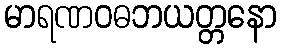
မာရဏဝဓဘယတ္တနော